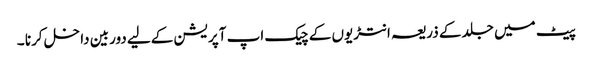
پیٹ میں جلد کے ذریعہ انتڑیوں کے چیک اپ آپریشن کےلیے دوربین داخل کرنا ۔